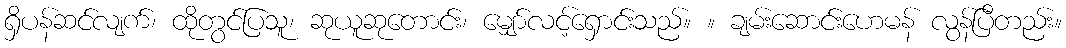
ရှိပန်ဆင်လျက်၊ ထိုတွင်ပြသူ၊ ဆုယူဆုတောင်း၊ မျှော်လင့်ရှောင်းသည်။ ။ ချမ်းဆောင်းဟေမန် လွန်ပြီတည်း။